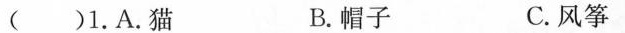
( )1.A.猫 B.帽子 C.风筝